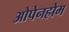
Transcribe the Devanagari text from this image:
ओपेनहोम